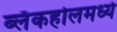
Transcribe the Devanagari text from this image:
ब्लॅकहोलमध्ये